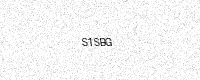
Text: S1SBG